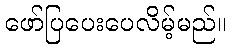
ဖော်ပြပေးပေလိမ့်မည်။